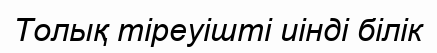
Толық тіреуішті иінді білік